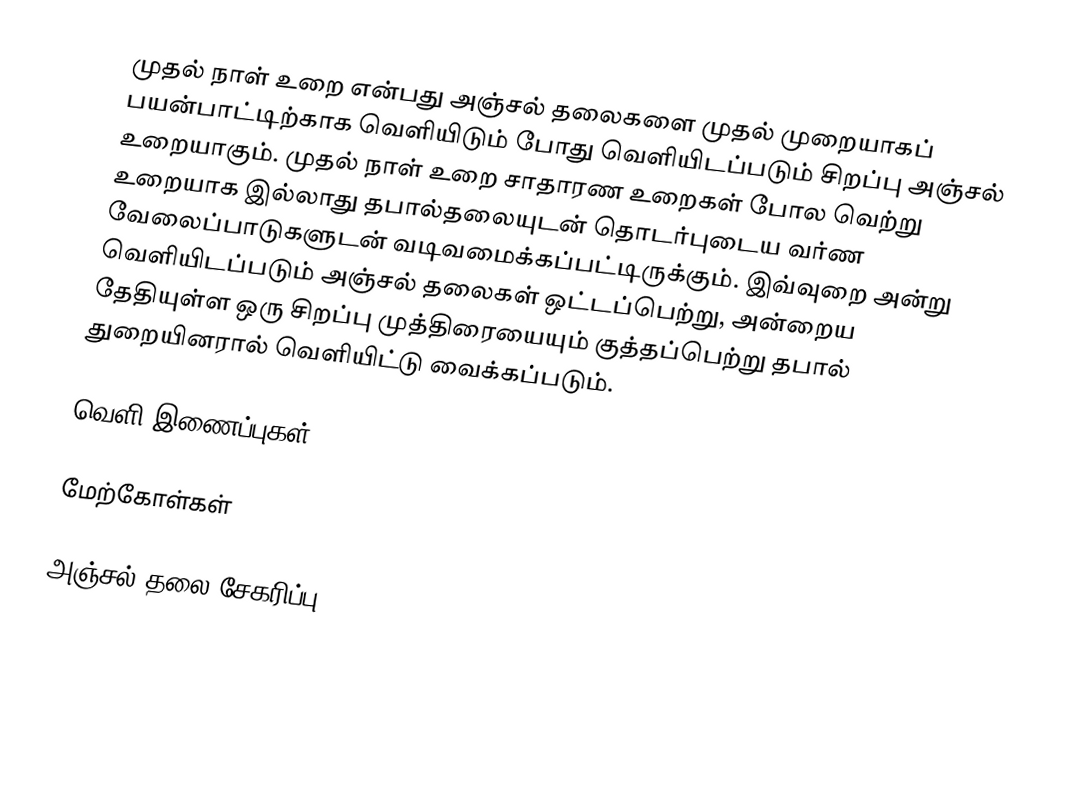
முதல் நாள் உறை என்பது அஞ்சல் தலைகளை முதல் முறையாகப் பயன்பாட்டிற்காக வெளியிடும் போது வெளியிடப்படும் சிறப்பு அஞ்சல் உறையாகும். முதல் நாள் உறை சாதாரண உறைகள்  போல வெற்று உறையாக இல்லாது தபால்தலையுடன் தொடர்புடைய வர்ண வேலைப்பாடுகளுடன் வடிவமைக்கப்பட்டிருக்கும். இவ்வுறை அன்று வெளியிடப்படும் அஞ்சல் தலைகள் ஒட்டப்பெற்று, அன்றைய தேதியுள்ள ஒரு சிறப்பு முத்திரையையும் குத்தப்பெற்று தபால் துறையினரால் வெளியிட்டு வைக்கப்படும்.

வெளி இணைப்புகள்

மேற்கோள்கள்

அஞ்சல் தலை சேகரிப்பு